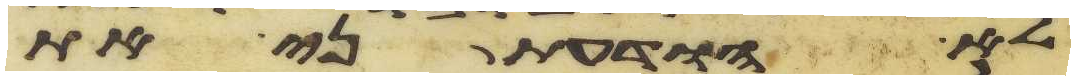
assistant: לא הודעתני את